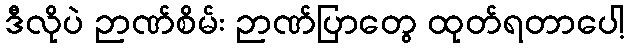
ဒီလိုပဲ ဉာဏ်စိမ်း ဉာဏ်ပြာတွေ ထုတ်ရတာပေါ့